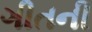
ગીતની